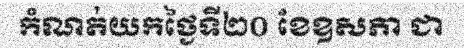
កំណត់យកថ្ងៃទី២០ ខែឧសភា ជា